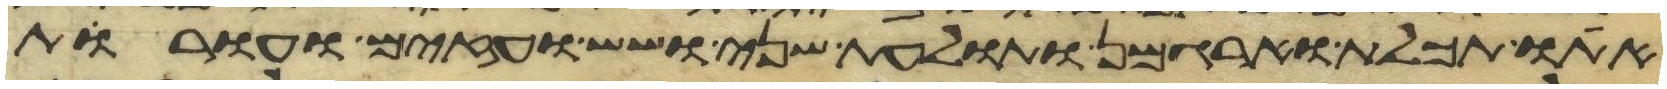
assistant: אתו תכלת וארגמן ותולעת שני ושש ועזים ועורת